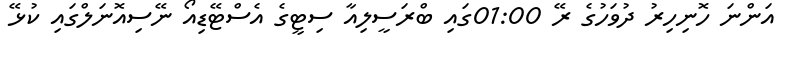
އަންނަ ހޮނިހިރު ދުވަހުގެ ރޭ 01:00ގައި ބްރަސީލިއާ ސިޓީގެ އެސްޓޭޑިއޯ ނޭސިއޮނަލްގައި ކުޅޭ